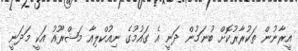
އީރާނުން ތަކުރާރުކޮށް ބުނަމުން ދަނީ އެ ގައުމުގެ ނިއުކްލިއާ މަޝްރޫއު އަކީ މަދަނީ